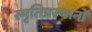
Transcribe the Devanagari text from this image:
स्मृतिप्रस्थानों